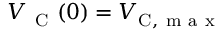
V _ { \mathrm { ~ C ~ } } ( 0 ) = V _ { \mathrm { C } , \mathrm { ~ m ~ a ~ x ~ } }